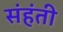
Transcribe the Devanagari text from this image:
संहंती